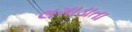
લગાડાતા